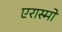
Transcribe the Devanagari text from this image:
एरास्मो